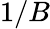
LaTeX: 1/B